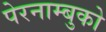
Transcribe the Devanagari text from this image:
पेरनाम्बुको